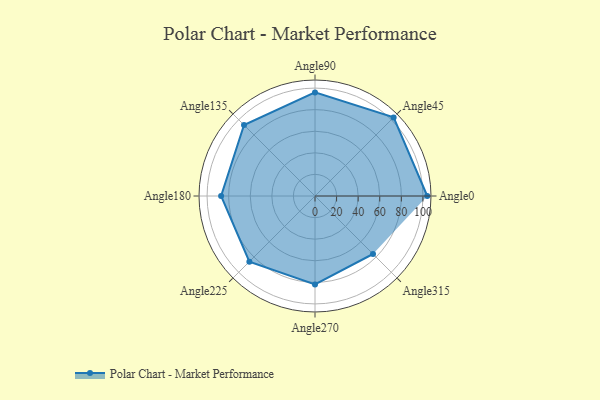
{"axis": {"x": "Angle", "y": "Radius"}, "legend": [""], "data": [{"x": "Angle0", "y": 104.0, "type": ""}, {"x": "Angle45", "y": 103.0, "type": ""}, {"x": "Angle90", "y": 96.0, "type": ""}, {"x": "Angle135", "y": 93.0, "type": ""}, {"x": "Angle180", "y": 87.0, "type": ""}, {"x": "Angle225", "y": 86.0, "type": ""}, {"x": "Angle270", "y": 82.0, "type": ""}, {"x": "Angle315", "y": 76.0, "type": ""}]}